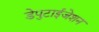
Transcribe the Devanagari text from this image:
डेपुटाईजेशन